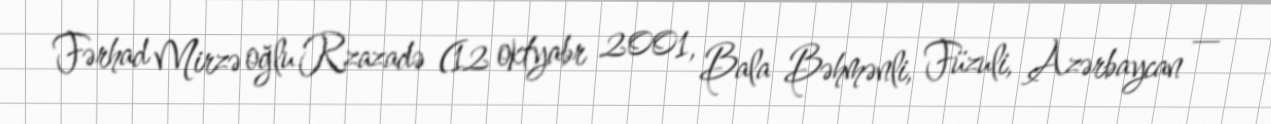
Fərhad Mirzə oğlu Rzazadə (12 oktyabr 2001, Bala Bəhmənli, Füzuli, Azərbaycan —